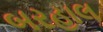
બરહાલ